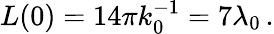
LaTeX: L(0)=14\pi k_{0}^{-1}=7\lambda_{0}\, .